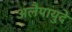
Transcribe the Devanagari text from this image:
अलैपायुदे